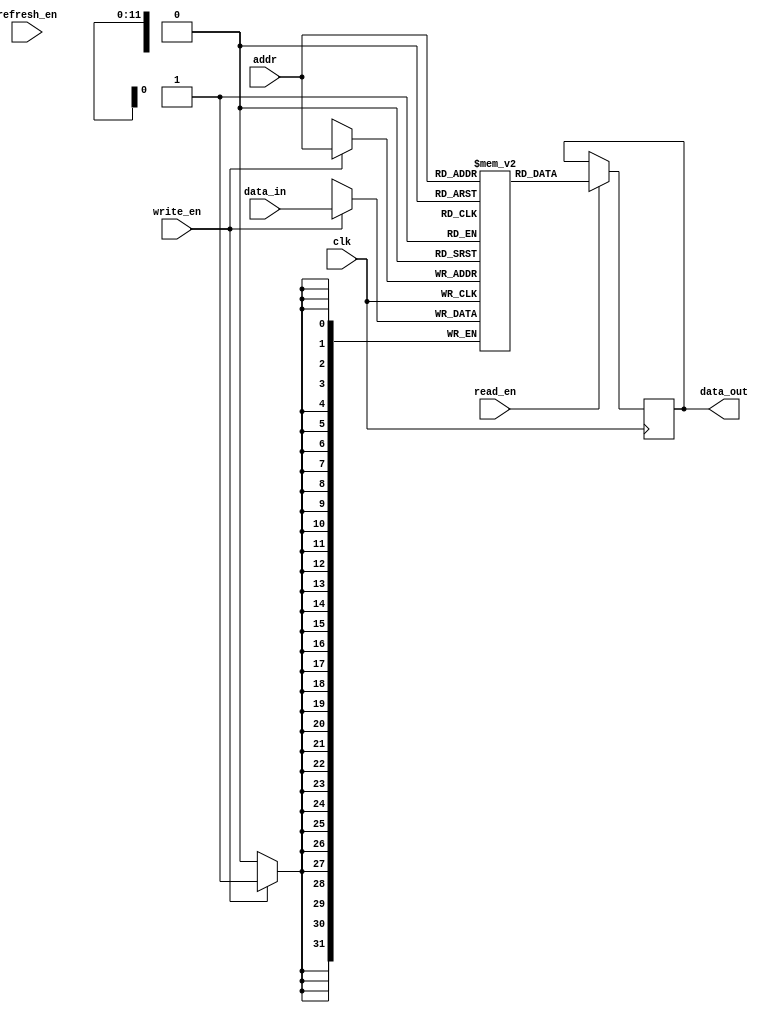
module SDRAM (
    input wire clk,
    input wire [11:0] addr,
    input wire [31:0] data_in,
    output reg [31:0] data_out,
    input wire read_en,
    input wire write_en,
    input wire refresh_en
);

// Memory blocks
reg [31:0] memory [0:4095];

// Refresh logic
always @ (posedge clk) begin
    if (refresh_en) begin
        // Perform refresh operation
    end
end

// Read and write operations
always @ (posedge clk) begin
    if (read_en) begin
        data_out <= memory[addr];
    end
    if (write_en) begin
        memory[addr] <= data_in;
    end
end

endmodule